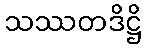
သဿတဒိဋ္ဌိ